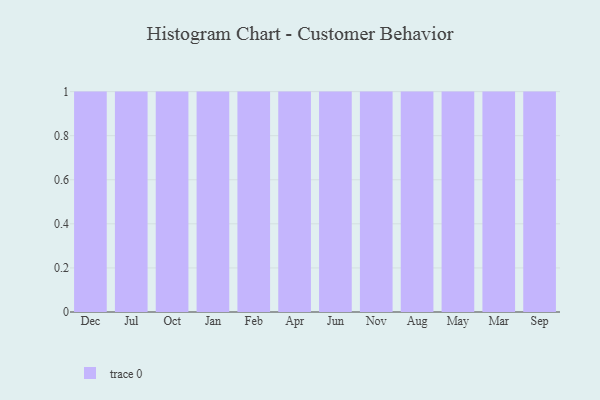
{"axis": {"x": "Month", "y": "Backlog"}, "legend": [""], "data": [{"x": "Dec", "y": 38, "type": ""}, {"x": "Jul", "y": 45, "type": ""}, {"x": "Oct", "y": 7, "type": ""}, {"x": "Jan", "y": 65, "type": ""}, {"x": "Feb", "y": 55, "type": ""}, {"x": "Apr", "y": 37, "type": ""}, {"x": "Jun", "y": 24, "type": ""}, {"x": "Nov", "y": 54, "type": ""}, {"x": "Aug", "y": 77, "type": ""}, {"x": "May", "y": 97, "type": ""}, {"x": "Mar", "y": 77, "type": ""}, {"x": "Sep", "y": 92, "type": ""}]}